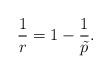
LaTeX: \begin{align*}\frac{1}{r} = 1 - \frac{1}{\tilde p}.\end{align*}